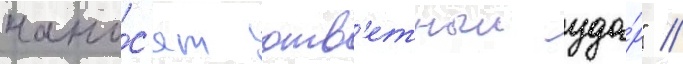
нано́с'ят отв'етныи уда́р" //